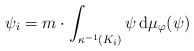
\begin{align*} \psi_i = m \cdot \int_{\kappa^{-1}(K_i)} \psi \, \mathrm{d}\mu_\varphi(\psi) \end{align*}